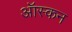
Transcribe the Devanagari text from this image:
ऑस्कन